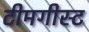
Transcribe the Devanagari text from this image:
टीमगीस्ट